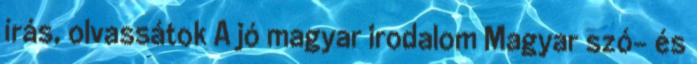
írás, olvassátok A jó magyar irodalom Magyar szó- és